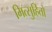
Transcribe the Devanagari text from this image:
मित्सुहितो